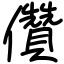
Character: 儹